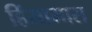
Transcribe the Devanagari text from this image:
हिंसाभास